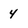
Character: 4